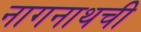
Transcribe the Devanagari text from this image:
नागनाथची